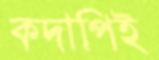
কদাপিই